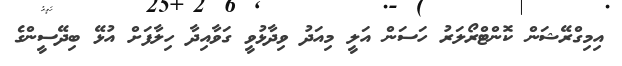
އިމިގްރޭޝަން ކޮންޓްރޯލަރު ހަސަން އަލީ މިއަދު ވިދާޅުވީ ގަވާއިދާ ހިލާފަށް އުޅޭ ބިދޭސީންގެ